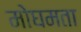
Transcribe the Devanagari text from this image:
मोघमता